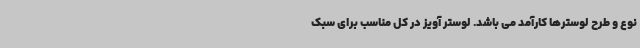
نوع و طرح لوسترها کارآمد می باشد. لوستر آویز در کل مناسب برای سبک